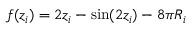
f ( z _ { i } ) = 2 z _ { i } - \sin ( 2 z _ { i } ) - 8 \pi R _ { i }